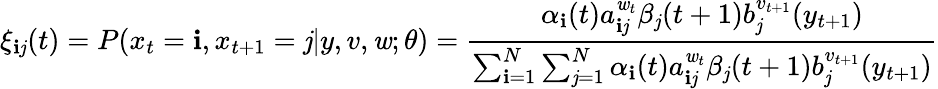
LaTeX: \xi_{\mathbf{i}\mathit{j}}(t)=P(x_{t}=\mathbf{i},x_{t+1}=\mathit{j}|y,v,\mathit{w};\theta)={\frac{{\alpha_{\mathbf{i}}(t)a_{\mathbf{i}\mathit{j}}^{\mathit{w}_{t}}\beta_{\mathit{j}}(t+1)b_{\mathit{j}}^{v_{t+1}}(y_{t+1})}}{{\sum_{\mathbf{i}=1}^{N}\sum_{\mathit{j}=1}^{N}\alpha_{\mathbf{i}}(t)a_{\mathbf{i}\mathit{j}}^{\mathit{w}_{t}}\beta_{\mathit{j}}(t+1)b_{\mathit{j}}^{v_{t+1}}(y_{t+1})}}}